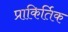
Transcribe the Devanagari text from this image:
प्राकिर्तिक